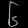
Digit: ၆